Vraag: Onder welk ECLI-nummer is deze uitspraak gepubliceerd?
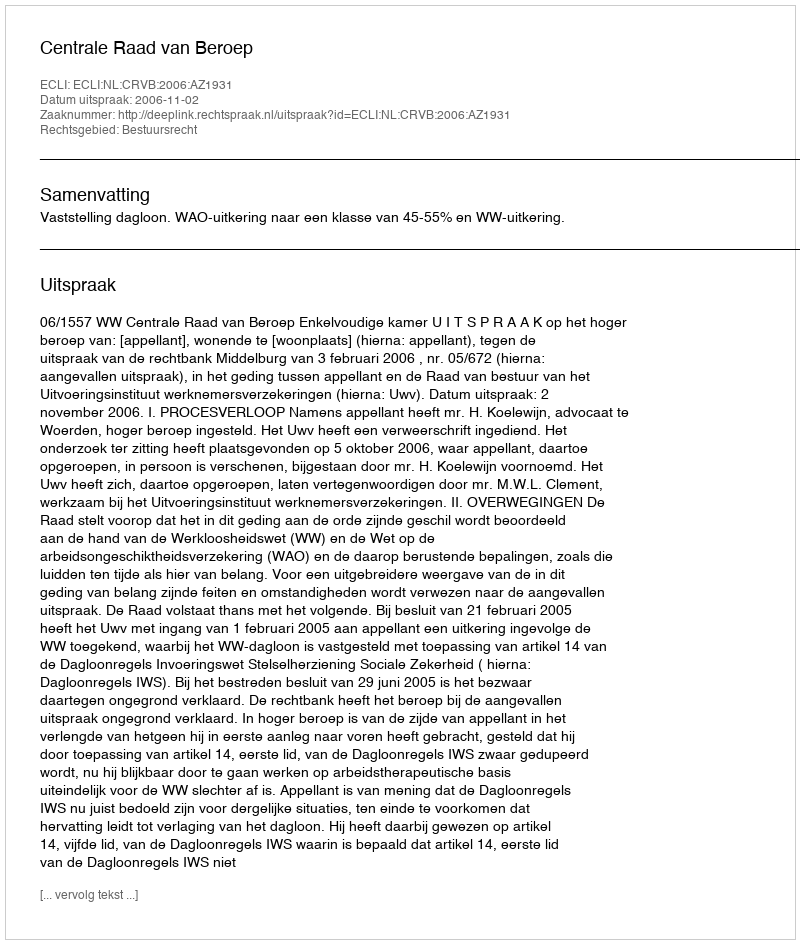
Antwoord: ECLI:NL:CRVB:2006:AZ1931